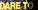
DARE TO